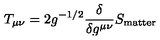
T _ { \mu \nu } = 2 g ^ { - 1 / 2 } \frac { \delta } { \delta g ^ { \mu \nu } } S _ { \mathrm { m a t t e r } }